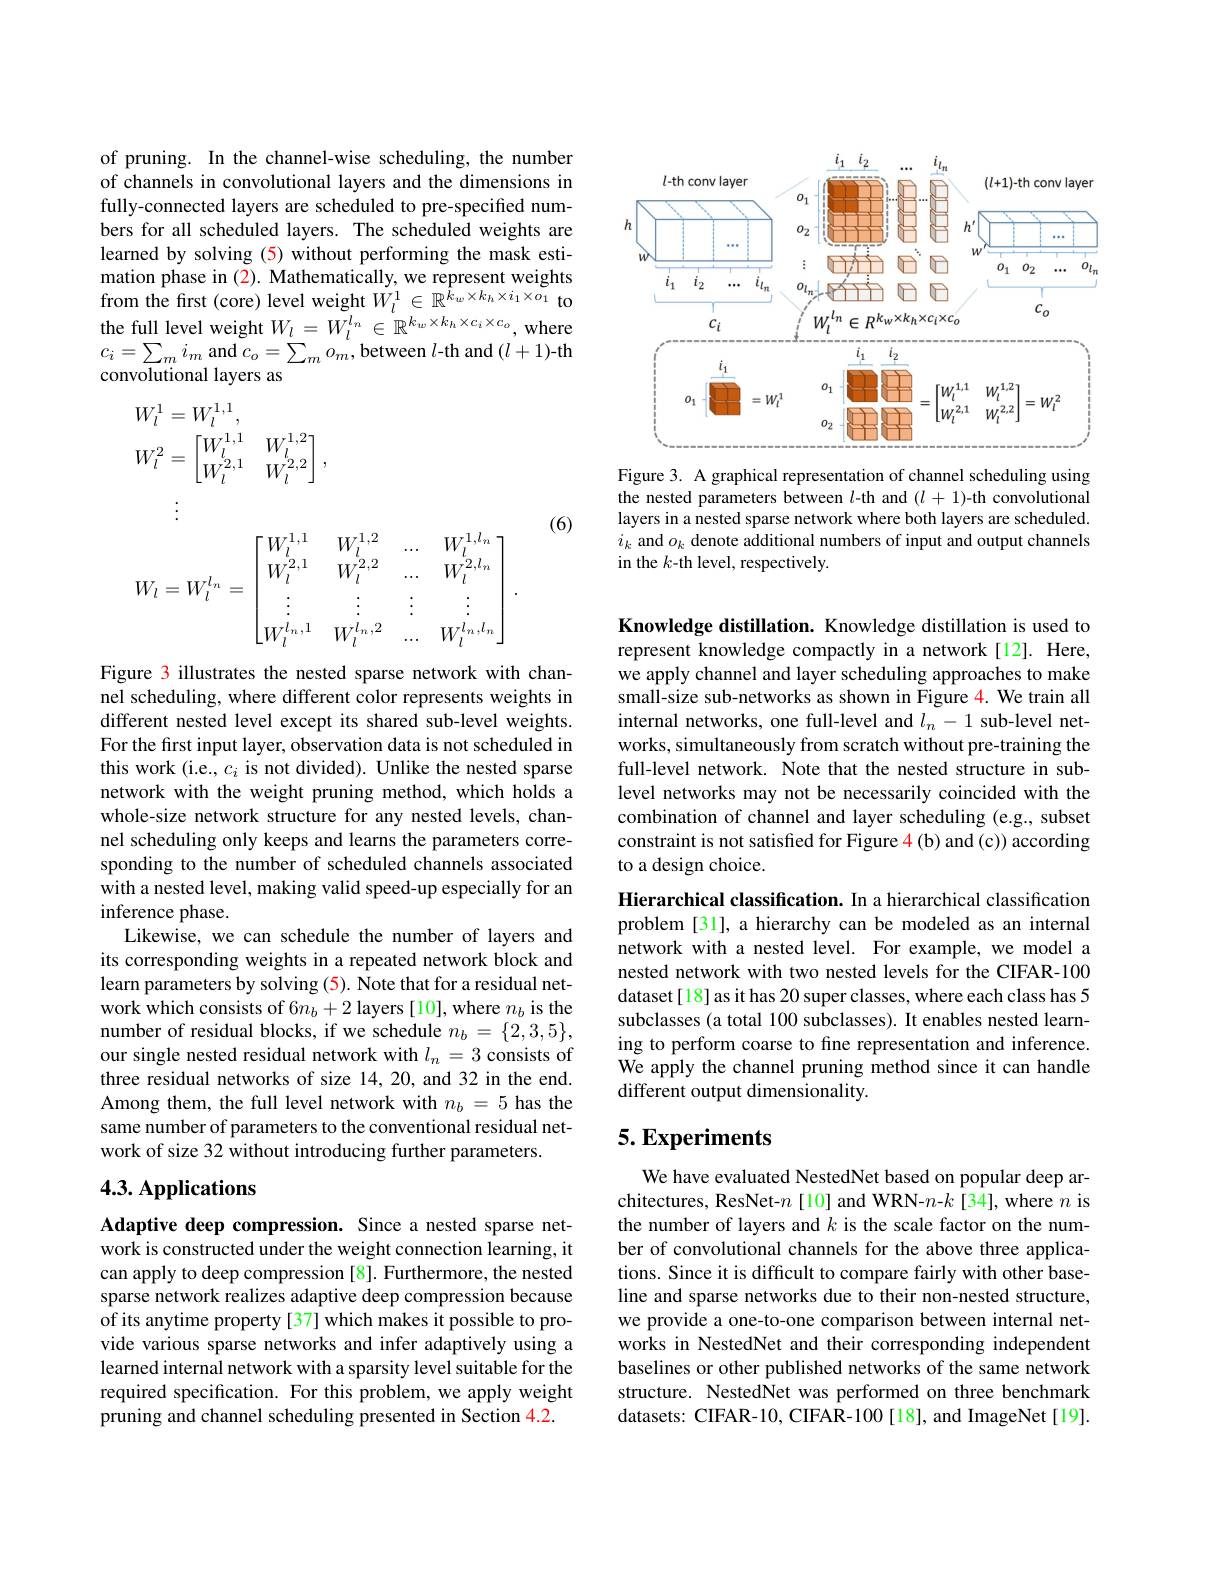
of pruning. In the channel-wise scheduling, the number of channels in convolutional layers and the dimensions in fully-connected layers are scheduled to pre-specified numbers for all scheduled layers. The scheduled weights are learned by solving (5) without performing the mask estimation phase in (2). Mathematically, we represent weights from the first (core) level weight $\tilde{W}_l^{1}\in\mathbb{R}^{\hat{k}_{w}\times k_{h}\times i_{1}\times o_{1}}$ to the full level weight $W_{l}=\tilde{W}_{l}^{l_{n}}\in\mathbb{R}^{k_{w}\times k_{h}\times c_{i}\times c_{o}}$, where $c_{i}=\sum_{m}i_{m}$ and $c_o=\sum_{m}o_{m}$,between $l$-th and $(l+1)$-th convolutional layers as
$$\begin{aligned}&W_{l}^{1}=W_{l}^{1,1},\\&W_{l}^{2}=\begin{bmatrix}W_{l}^{1,1}&W_{l}^{1,2}\\W_{l}^{2,1}&W_{l}^{2,2}\end{bmatrix},\\&W_{l}=W_{l}^{l_{n}}=\begin{bmatrix}W_{l}^{1,1}&W_{l}^{1,2}&...&W_{l}^{1,l_{n}}\\W_{l}^{2,1}&W_{l}^{2,2}&...&W_{l}^{2,l_{n}}\\\vdots&\vdots&\vdots&\vdots\\W_{l}^{l_{n},1}&W_{l}^{l_{n},2}&...&W_{l}^{l_{n},l_{n}}\end{bmatrix}.\end{aligned}$$
(6)

Figure 3 illustrates the nested sparse network with channel scheduling, where different color represents weights in different nested level except its shared sub-level weights. For the first input layer, observation data is not scheduled in this work (i.e., $c_i$ is not divided). Unlike the nested sparse network with the weight pruning method, which holds a whole-size network structure for any nested levels, channel scheduling only keeps and learns the parameters corresponding to the number of scheduled channels associated with a nested level, making valid speed-up especially for an inference phase.
Likewise, we can schedule the number of layers and its corresponding weights in a repeated network block and learn parameters by solving (5). Note that for a residual network which consists of $6n_b+2$ layers [10], where $n_b$ is the number of residual blocks, if we schedule $n_b=\{2,3,5\}$, our single nested residual network with $l_n=3$ consists of three residual networks of size 14,20,and 32 in the end. Among them, the full level network with $n_b=5$ has the same number of parameters to the conventional residual network of size 32 without introducing further parameters.

## 4.3. Applications

Adaptive deep compression. Since a nested sparse network is constructed under the weight connection learning, it can apply to deep compression [8]. Furthermore, the nested sparse network realizes adaptive deep compression because of its anytime property [37] which makes it possible to provide various sparse networks and infer adaptively using a learned internal network with a sparsity level suitable for the required specification. For this problem, we apply weight pruning and channel scheduling presented in Section 4.2.

<FigureHere>

Figure 3. A graphical representation of channel scheduling using the nested parameters between $l$-th and $(l+1)$-th convolutional layers in a nested sparse network where both layers are scheduled. $i_k$ and $o_k$ denote additional numbers of input and output channels in the $k$-th level, respectively.

Knowledge distillation. Knowledge distillation is used to represent knowledge compactly in a network[12]. Here, we apply channel and layer scheduling approaches to make small-size sub-networks as shown in Figure 4. We train all internal networks, one full-level and $l_n-1$ sub-level networks, simultaneously from scratch without pre-training the full-level network. Note that the nested structure in sublevel networks may not be necessarily coincided with the combination of channel and layer scheduling (e.g., subset constraint is not satisfied for Figure 4 (b) and (c)) according to a design choice.

Hierarchical classification. In a hierarchical classification problem [31], a hierarchy can be modeled as an internal network with a nested level. For example, we model a nested network with two nested levels for the CIFAR-100 dataset[18] as it has 20 super classes, where each class has 5 subclasses (a total 100 subclasses). It enables nested learning to perform coarse to fine representation and inference. We apply the channel pruning method since it can handle different output dimensionality

## $5. \textbf{Experiments}$

We have evaluated NestedNet based on popular deep architectures, ResNet-$n$ [10] and WRN-$n-k$ [34], where $n$ is the number of layers and $k$ is the scale factor on the number of convolutional channels for the above three applications. Since it is difficult to compare fairly with other baseline and sparse networks due to their non-nested structure, we provide a one-to-one comparison between internal networks in NestedNet and their corresponding independent baselines or other published networks of the same network structure. NestedNet was performed on three benchmark datasets: CIFAR-10, CIFAR-100[18], and ImageNet[19].